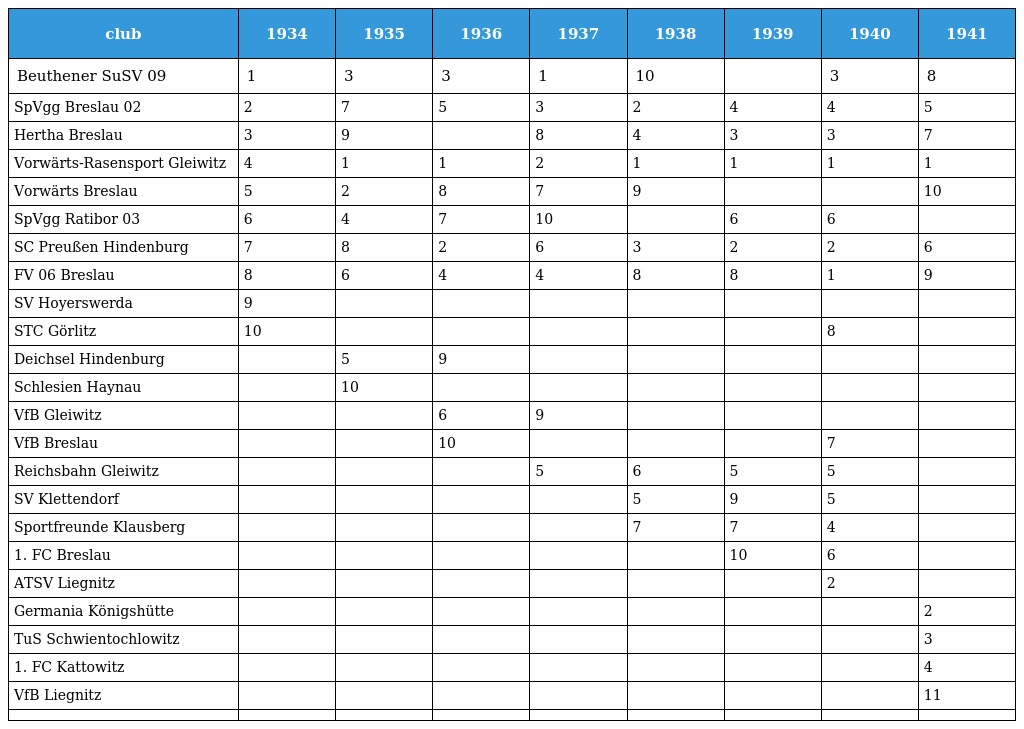
| club | 1934 | 1935 | 1936 | 1937 | 1938 | 1939 | 1940 | 1941 |
 | --- | --- | --- | --- | --- | --- | --- | --- | --- |
 | Beuthener SuSV 09 | 1 | 3 | 3 | 1 | 10 |  | 3 | 8 |
 | SpVgg Breslau 02 | 2 | 7 | 5 | 3 | 2 | 4 | 4 | 5 |
 | Hertha Breslau | 3 | 9 |  | 8 | 4 | 3 | 3 | 7 |
 | Vorwärts-Rasensport Gleiwitz | 4 | 1 | 1 | 2 | 1 | 1 | 1 | 1 |
 | Vorwärts Breslau | 5 | 2 | 8 | 7 | 9 |  |  | 10 |
 | SpVgg Ratibor 03 | 6 | 4 | 7 | 10 |  | 6 | 6 |  |
 | SC Preußen Hindenburg | 7 | 8 | 2 | 6 | 3 | 2 | 2 | 6 |
 | FV 06 Breslau | 8 | 6 | 4 | 4 | 8 | 8 | 1 | 9 |
 | SV Hoyerswerda | 9 |  |  |  |  |  |  |  |
 | STC Görlitz | 10 |  |  |  |  |  | 8 |  |
 | Deichsel Hindenburg |  | 5 | 9 |  |  |  |  |  |
 | Schlesien Haynau |  | 10 |  |  |  |  |  |  |
 | VfB Gleiwitz |  |  | 6 | 9 |  |  |  |  |
 | VfB Breslau |  |  | 10 |  |  |  | 7 |  |
 | Reichsbahn Gleiwitz |  |  |  | 5 | 6 | 5 | 5 |  |
 | SV Klettendorf |  |  |  |  | 5 | 9 | 5 |  |
 | Sportfreunde Klausberg |  |  |  |  | 7 | 7 | 4 |  |
 | 1. FC Breslau |  |  |  |  |  | 10 | 6 |  |
 | ATSV Liegnitz |  |  |  |  |  |  | 2 |  |
 | Germania Königshütte |  |  |  |  |  |  |  | 2 |
 | TuS Schwientochlowitz |  |  |  |  |  |  |  | 3 |
 | 1. FC Kattowitz |  |  |  |  |  |  |  | 4 |
 | VfB Liegnitz |  |  |  |  |  |  |  | 11 |
 |  |  |  |  |  |  |  |  |  |